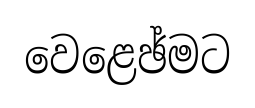
වෙළෙඡ්මට